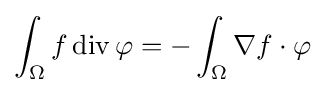
\int _{\Omega }f\operatorname {div} \varphi =-\int _{\Omega }\nabla f\cdot \varphi